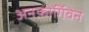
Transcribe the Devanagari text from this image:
अनफ़ोर्गिवेन